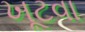
ખૂટવા